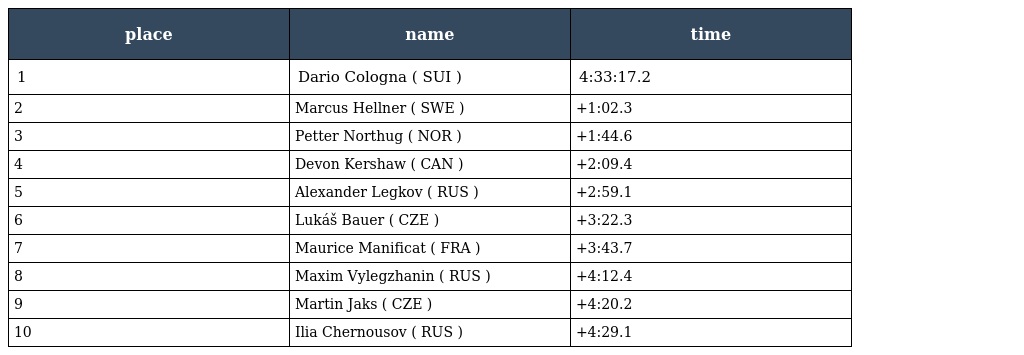
| place | name | time |
 | --- | --- | --- |
 | 1 | Dario Cologna ( SUI ) | 4:33:17.2 |
 | 2 | Marcus Hellner ( SWE ) | +1:02.3 |
 | 3 | Petter Northug ( NOR ) | +1:44.6 |
 | 4 | Devon Kershaw ( CAN ) | +2:09.4 |
 | 5 | Alexander Legkov ( RUS ) | +2:59.1 |
 | 6 | Lukáš Bauer ( CZE ) | +3:22.3 |
 | 7 | Maurice Manificat ( FRA ) | +3:43.7 |
 | 8 | Maxim Vylegzhanin ( RUS ) | +4:12.4 |
 | 9 | Martin Jaks ( CZE ) | +4:20.2 |
 | 10 | Ilia Chernousov ( RUS ) | +4:29.1 |